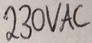
Text: 230VAC